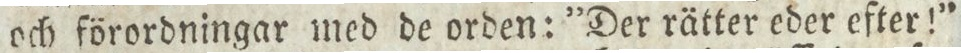
och förordningar med de orden: ”Der rätter eder efter!”